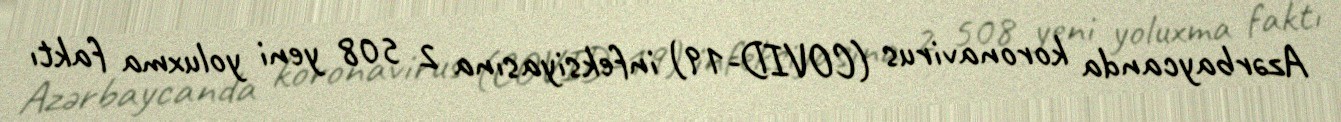
Azərbaycanda koronavirus (COVID-19) infeksiyasına 2 508 yeni yoluxma faktı